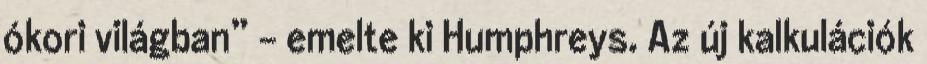
ókori világban” – emelte ki Humphreys. Az új kalkulációk